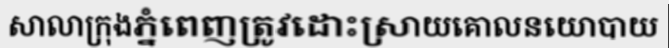
សាលាក្រុងភ្នំពេញត្រូវដោះស្រាយគោលនយោបាយ